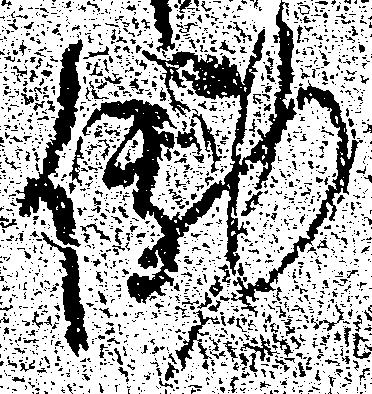
働